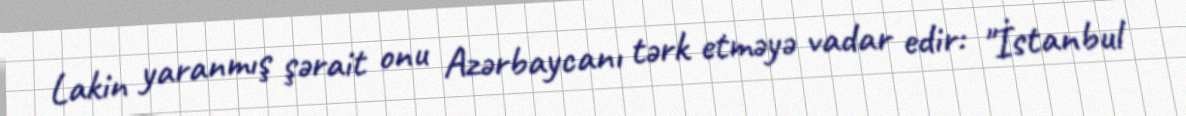
Lakin yaranmış şərait onu Azərbaycanı tərk etməyə vadar edir: "İstanbul